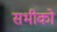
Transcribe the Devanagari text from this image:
सभीको